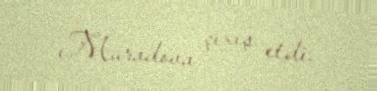
Muradova çıxış etdi.